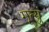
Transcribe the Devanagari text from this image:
मृत्युं